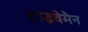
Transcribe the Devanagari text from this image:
हाइवेमैन